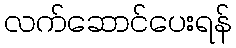
လက်ဆောင်ပေးရန်